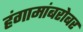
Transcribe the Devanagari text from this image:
हंगामांबरोबर